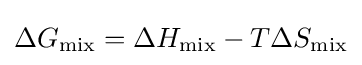
\Delta G_{\rm {mix}}=\Delta H_{\rm {mix}}-T\Delta S_{\rm {mix}}